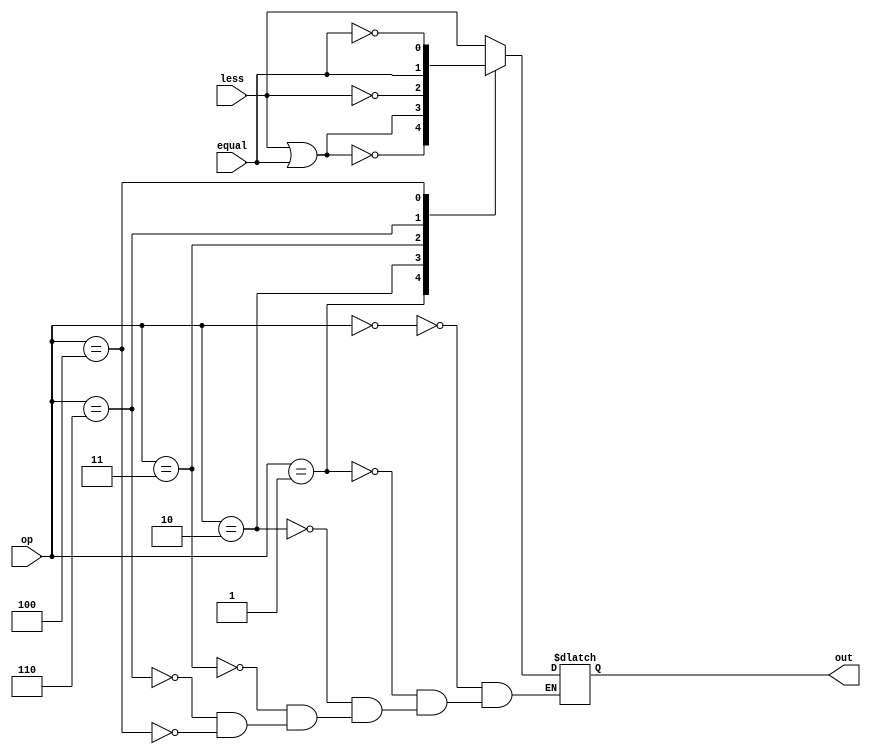
//0716049

module compare(less,equal,op,out);

input less,equal;
input [2:0]op;
output reg out;

always@( * )
begin
    case (op)
    3'b000: out=less;           //SLT
    3'b001: out=!(less|equal);  //SGT 
    3'b010: out=less|equal;     //SLE 
    3'b011: out=!less;          //SGE 
    3'b110: out=equal;          //SEQ 
    3'b100: out=!equal;         //SNE
    endcase
end

endmodule